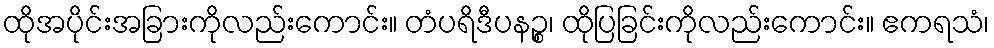
ထိုအပိုင်းအခြားကိုလည်းကောင်း။ တံပရိဒီပနဉ္စ၊ ထိုပြခြင်းကိုလည်းကောင်း။ ဧကရသံ၊